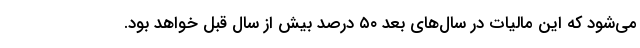
می‌شود که این مالیات در سال‌های بعد ۵۰ درصد بیش از سال قبل خواهد بود.